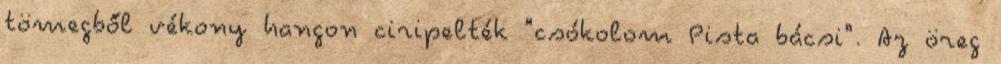
tömegből vékony hangon ciripelték "csókolom Pista bácsi". Az öreg